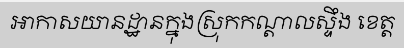
អាកាសយានដ្ឋានក្នុងស្រុកកណ្តាលស្ទឹង ខេត្ត